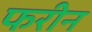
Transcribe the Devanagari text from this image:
फरीन